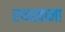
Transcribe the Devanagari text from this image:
रथखाना